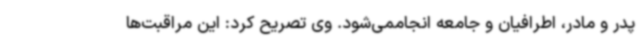
پدر و مادر، اطرافیان و جامعه انجاممی‌شود. وی تصریح کرد: این مراقبت‌ها